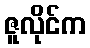
ဇူလိုင်က